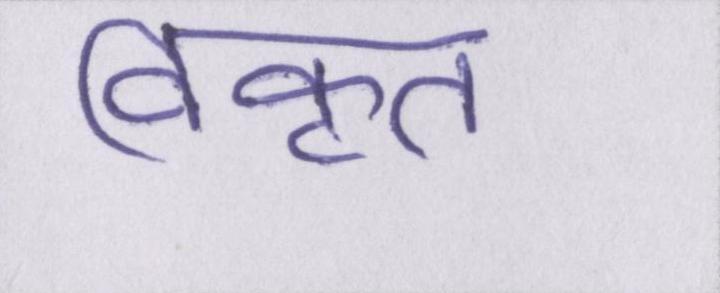
विकृत